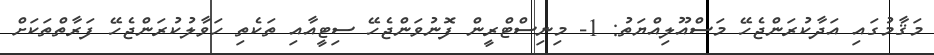
މަޤާމުގައި އަދާކުރަންޖެހޭ މަސްއޫލިއްޔަތު: 1- މިނިސްޓްރީން ފޮނުވަންޖެހޭ ސިޓީއާއި ތަކެތި ހަވާލުކުރަންޖެހޭ ފަރާތްތަކަށް